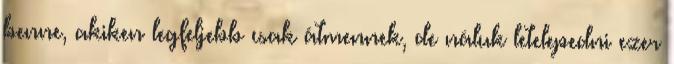
benne, akiken legfeljebb csak átmennek, de náluk letelepedni ezer